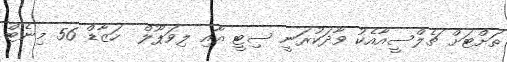
ތަށްޓަށް ޗެލްސީއާއެކު ވާދަކުރަނީ ސިޓީ އާއި ލިވަޕޫލް  ހަޒާޑް 56 މިނެޓް